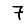
Digit: 7